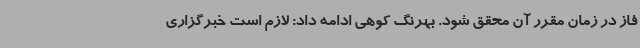
فاز در زمان مقرر آن محقق شود. بهرنگ کوهی ادامه داد: لازم است خبرگزاری